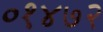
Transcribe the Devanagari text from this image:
०१४७२